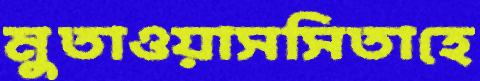
মুতাওয়াসসিতাহে